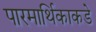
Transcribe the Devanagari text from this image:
पारमार्थिकाकडे